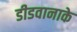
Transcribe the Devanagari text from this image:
डीडवानाके